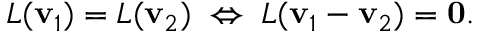
L ( \mathbf { v } _ { 1 } ) = L ( \mathbf { v } _ { 2 } ) \; \Leftrightarrow \; L ( \mathbf { v } _ { 1 } - \mathbf { v } _ { 2 } ) = \mathbf { 0 } { \mathrm { . } }